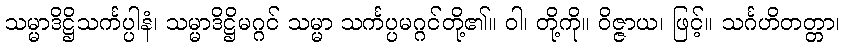
သမ္မာဒိဋ္ဌိသင်္ကပ္ပါနံ၊ သမ္မာဒိဋ္ဌိမဂ္ဂင် သမ္မာ သင်္ကပ္ပမဂ္ဂင်တို့၏။ ဝါ၊ တို့ကို။ ဝိဇ္ဇာယ၊ ဖြင့်။ သင်္ဂဟိတတ္တာ၊